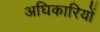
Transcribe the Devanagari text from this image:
अघिकारियों